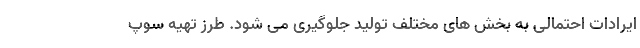
ایرادات احتمالی به بخش های مختلف تولید جلوگیری می شود. طرز تهیه سوپ